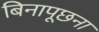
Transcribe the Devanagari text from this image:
बिनापूछना